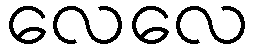
လေလေ